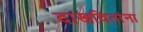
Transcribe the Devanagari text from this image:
दाखवितांना